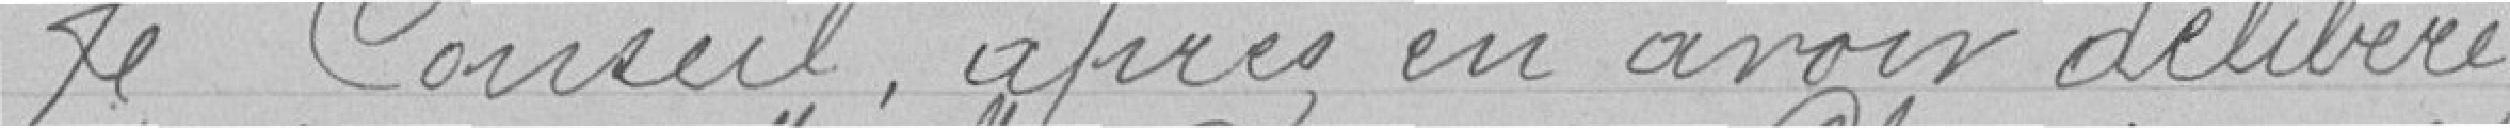
Le Conseil après en avoir délibéré